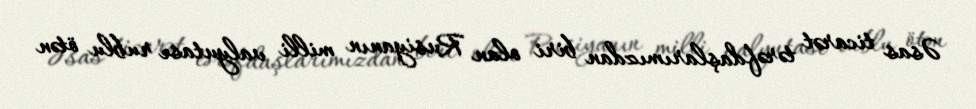
Əsas ticarət tərəfdaşlarımızdan biri olan Rusiyanın milli valyutası rublu ötən